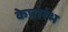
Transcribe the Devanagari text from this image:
केप्रारंभ